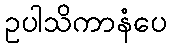
ဥပါသိကာနံပေ